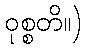
ဝုစ္စတိ။)